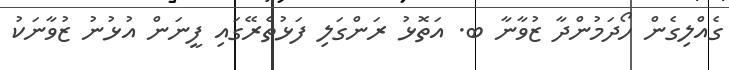
ގެއްލިގެން ހޯދަމުންދާ ޒުވާނާ ބ. އަތޮޅު ރަންގަލި ފަޅުތެރޭގައި ފީނަން އުޅުނު ޒުވާނަކު